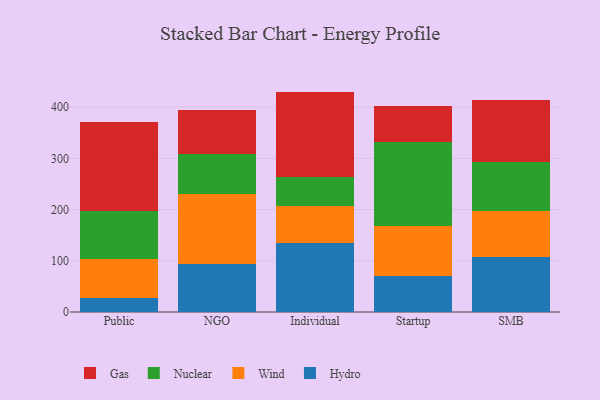
{"axis": {"x": "Segment", "y": "Bounce Rate (%)"}, "legend": ["Gas", "Hydro", "Nuclear", "Wind"], "data": [{"x": "Public", "y": 26.7, "type": "Hydro"}, {"x": "Public", "y": 76.8, "type": "Wind"}, {"x": "Public", "y": 93.9, "type": "Nuclear"}, {"x": "Public", "y": 173.7, "type": "Gas"}, {"x": "NGO", "y": 92.9, "type": "Hydro"}, {"x": "NGO", "y": 137.0, "type": "Wind"}, {"x": "NGO", "y": 78.2, "type": "Nuclear"}, {"x": "NGO", "y": 86.9, "type": "Gas"}, {"x": "Individual", "y": 135.5, "type": "Hydro"}, {"x": "Individual", "y": 71.7, "type": "Wind"}, {"x": "Individual", "y": 55.7, "type": "Nuclear"}, {"x": "Individual", "y": 167.5, "type": "Gas"}, {"x": "Startup", "y": 69.8, "type": "Hydro"}, {"x": "Startup", "y": 98.2, "type": "Wind"}, {"x": "Startup", "y": 164.3, "type": "Nuclear"}, {"x": "Startup", "y": 70.9, "type": "Gas"}, {"x": "SMB", "y": 107.8, "type": "Hydro"}, {"x": "SMB", "y": 89.0, "type": "Wind"}, {"x": "SMB", "y": 96.3, "type": "Nuclear"}, {"x": "SMB", "y": 121.3, "type": "Gas"}]}